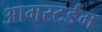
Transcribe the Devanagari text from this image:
आमस्टर्डम